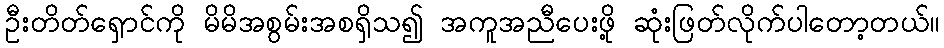
ဦးတိတ်ရှောင်ကို မိမိအစွမ်းအစရှိသ၍ အကူအညီပေးဖို့ ဆုံးဖြတ်လိုက်ပါတော့တယ်။